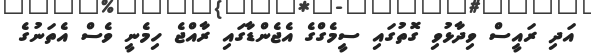
އަދި ރައީސް ވިދާޅުވި ގޮތުގައި ސީމެގްގެ އެޖެންޑާގައި ރާއްޖެ ހިމެނީ ވެސް އެތަނުގެ